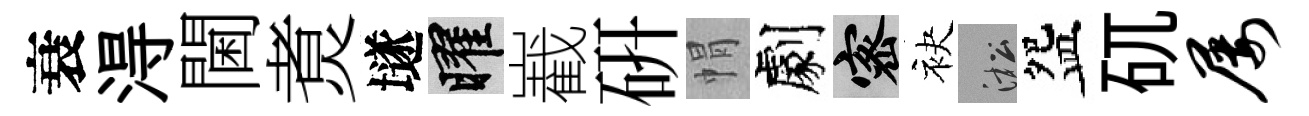
衰淂閫煑𡑞曜嶻硏㡌劇密袂淞盌矹屡